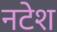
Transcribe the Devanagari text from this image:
नटेश